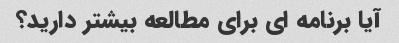
آیا برنامه ای برای مطالعه بیشتر دارید؟